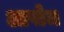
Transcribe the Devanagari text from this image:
आषोज